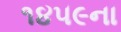
૧૪૫૯ના